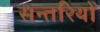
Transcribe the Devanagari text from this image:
सन्तरियों